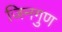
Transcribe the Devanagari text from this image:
जिनगुण